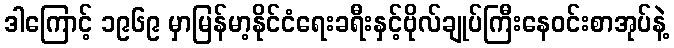
ဒါကြောင့် ၁၉၆၉ မှာမြန်မာ့နိုင်ငံရေးခရီးနှင့်ဗိုလ်ချုပ်ကြီးနေဝင်းစာအုပ်နဲ့